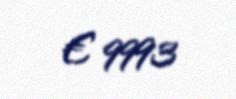
€ 9993